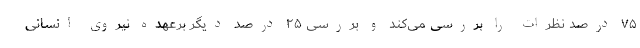
۷۵ درصد نظرات را بررسی می‌کند و بررسی ۲۵ درصد دیگر برعهده نیروی انسانی